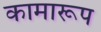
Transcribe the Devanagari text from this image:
कामारूप